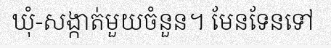
ឃុំ-សង្កាត់មួយចំនួន។ មែនទែនទៅ